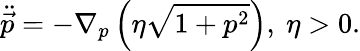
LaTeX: \ddot{\vec{p}}=-\nabla_{p}\left(\eta\sqrt{1+p^{2}}\right),\ \eta>0.